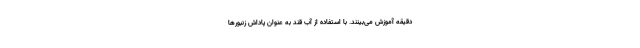
دقیقه آموزش می‌بینند. با استفاده از آب قند به عنوان پاداش زنبورها